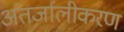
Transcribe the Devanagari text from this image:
अंतर्जालीकरण